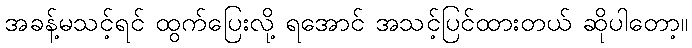
အခန့်မသင့်ရင် ထွက်ပြေးလို့ ရအောင် အသင့်ပြင်ထားတယ် ဆိုပါတော့။